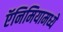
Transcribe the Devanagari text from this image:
ऍनिमियामध्ये